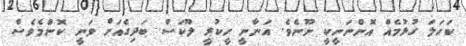
ކަހަލަ ގުޅުމެއް އޮންނަނީކީ ނޫނެވެ. އަނާނީ ހީކުރީ ލޫކަސް ބަދިގެއަށް ވަނީ ކޮންމެވެސް